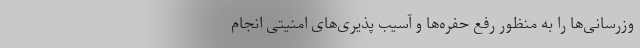
وزرسانی‌ها را به منظور رفع حفره‌ها و آسیب پذیری‌های امنیتی انجام